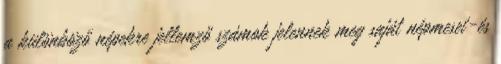
a különböző népekre jellemző számok jelennek meg saját népmesei-és